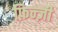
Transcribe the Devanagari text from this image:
फ़िन्ज़ी